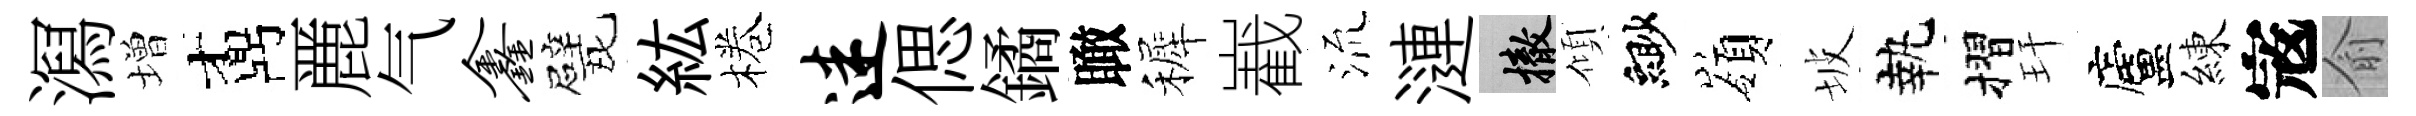
㵼増鼒䴡气鑫甓紘棬迷偲鐍瞰裤嶻𣴑漣撤傾緲嶺坡執摺玕廬練𡨥俞